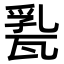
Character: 𤭤